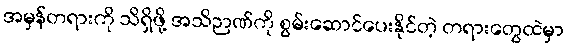
အမှန်တရားကို သိရှိဖို့ အသိဉာဏ်ကို စွမ်းဆောင်ပေးနိုင်တဲ့ တရားတွေထဲမှာ